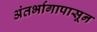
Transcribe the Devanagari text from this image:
अंतर्भागापासून